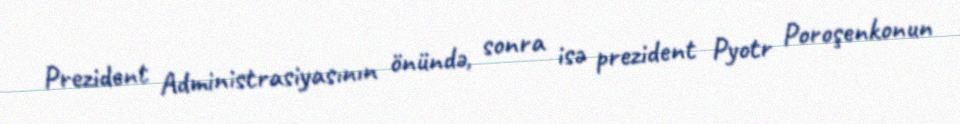
Prezident Administrasiyasının önündə, sonra isə prezident Pyotr Poroşenkonun